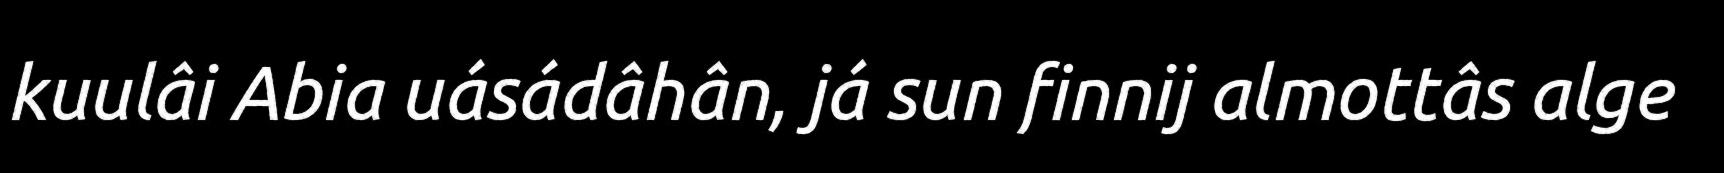
kuulâi Abia uásádâhân, já sun finnij almottâs alge